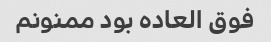
فوق العاده بود ممنونم